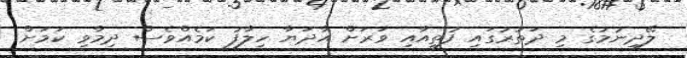
ލޭދިނުމުގެ މި ދަތުރުގައި ފުތީއާއި ވަރަށް އާދަޔާ ހިލާފު ކަމެއްވެސް ދިމާވި ކަމަށް